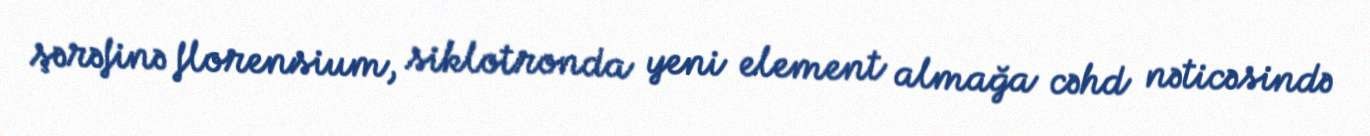
şərəfinə florensium, siklotronda yeni element almağa cəhd nəticəsində